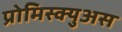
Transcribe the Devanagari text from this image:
प्रोमिस्क्युअस